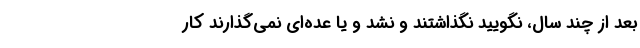
بعد از چند سال، نگویید نگذاشتند و نشد و یا عده‌ای نمی‌گذارند کار